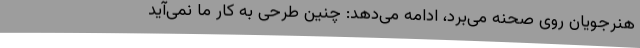
هنرجویان روی صحنه می‌برد، ادامه می‌دهد: چنین طرحی به کار ما نمی‌آید